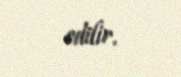
edilir.